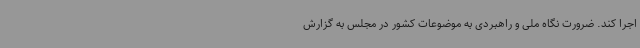
اجرا کند. ضرورت نگاه ملی و راهبردی به موضوعات کشور در مجلس به گزارش